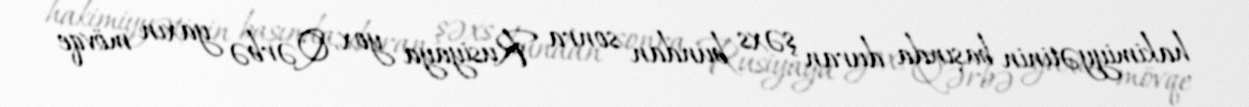
hakimiyyətinin başında duran şəxs bundan sonra Rusiyaya yox, Qərbə yaxın mövqe